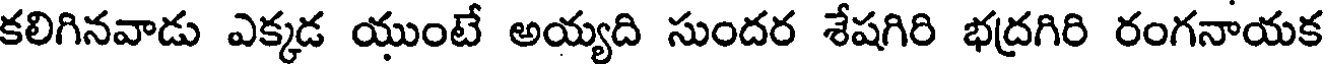
కలిగినవాడు ఎక్కడ యుంటే అయ్యది సుందర శేషగిరి భద్రగిరి రంగనాయక